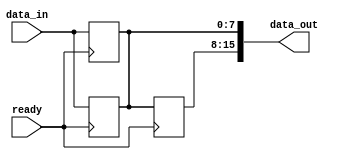
module shiftRegister(
     data_in,
	  ready,
	  data_out
    );
	 
	parameter data_size = 8;

	parameter memory_depth = 2;  // do not specify this when using module

	input [data_size-1:0] data_in;

	output [(data_size*memory_depth)-1:0] data_out;
	input ready;
	//reg [data_size-1:0] mem [0:memory_depth-1];
	reg [data_size-1:0] mem [0:memory_depth - 1];
	
	genvar i;
	
	
	//assign data_out = (read) ?  mem [address[address_size+1:2]] : 32'bz;
	generate
		for (i=1;i<=memory_depth;i=i+1) begin
			always @(posedge ready) begin
				mem[i] <= mem[i-1];
				mem[0] <= data_in;
			end
		end
	endgenerate

	for (i=0;i<memory_depth;i=i+1) begin
		assign data_out[((i+1)*(data_size))-1:(i*data_size)] = mem[i];
	end

endmodule